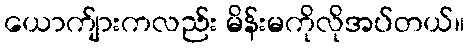
ယောက်ျားကလည်း မိန်းမကိုလိုအပ်တယ်။